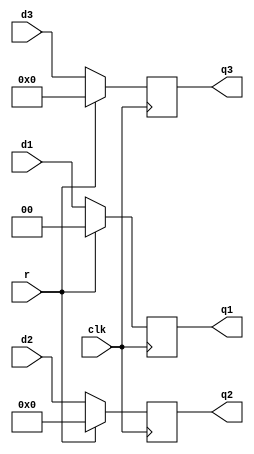
`timescale 1ns / 1ps
//////////////////////////////////////////////////////////////////////////////////
// Company: 
// Engineer: 
// 
// Design Name: 
// Module Name:    MEM_WB_Reg 
// Project Name: 
// Target Devices: 
// Tool versions: 
// Description: 
//
// Dependencies: 
//
// Revision: 
// Revision 0.01 - File Created
// Additional Comments: 
//
//////////////////////////////////////////////////////////////////////////////////
module MEM_WB_Reg(d1,d2,d3,
					r,clk,q1,q2,q3
    );
	input r;
	input clk;
	input [1:0] d1;
	input [31:0]d2;
	input [4:0] d3;
	output [1:0] q1;
	output [31:0] q2;
	output [4:0] q3;
	reg [1:0] q1;
	reg [31:0] q2;
	reg [4:0] q3;
	always @ (posedge clk)
	if (r)
		begin
			q1 <= 0;
			q2 <= 0;
			q3 <= 0;
		end
	else
		begin
			q1 <= d1;
			q2 <= d2;
			q3 <= d3;
		end
endmodule